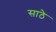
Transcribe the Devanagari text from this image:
साठेे